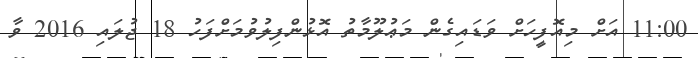
11:00 އަށް މިއޮފީހަށް ވަޑައިގެން މަޢުލޫމާތު އޮޅުންފިލުވުމަށްފަހު 18 ޖުލައި 2016 ވާ